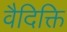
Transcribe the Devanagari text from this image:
वैदिक्ति